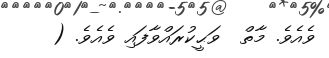
ވެއެވެ. މާތް  ވަޙީކުރައްވާފައި ވެއެވެ. (